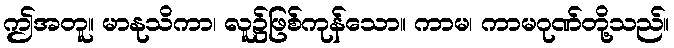
ဤအတူ။ မာနုသိကာ၊ လူ၌ဖြစ်ကုန်သော။ ကာမ၊ ကာမဂုဏ်တို့သည်။